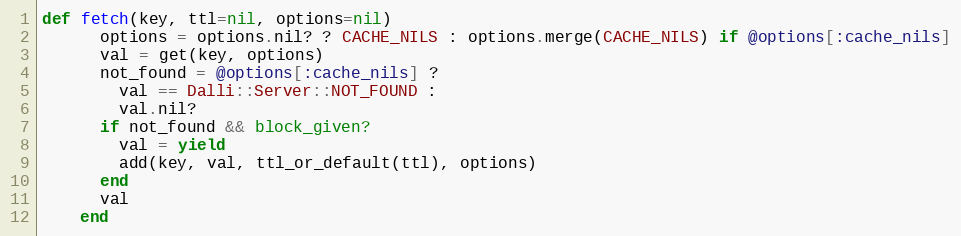
Language: Ruby
def fetch(key, ttl=nil, options=nil)
      options = options.nil? ? CACHE_NILS : options.merge(CACHE_NILS) if @options[:cache_nils]
      val = get(key, options)
      not_found = @options[:cache_nils] ?
        val == Dalli::Server::NOT_FOUND :
        val.nil?
      if not_found && block_given?
        val = yield
        add(key, val, ttl_or_default(ttl), options)
      end
      val
    end